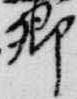
卿